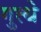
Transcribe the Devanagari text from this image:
गुत्थे